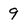
Character: 9